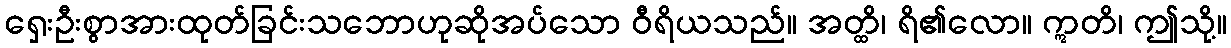
ရှေးဦးစွာအားထုတ်ခြင်းသဘောဟုဆိုအပ်သော ဝီရိယသည်။ အတ္ထိ၊ ရိ၏လော။ ဣတိ၊ ဤသို့။